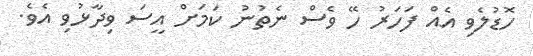
ހޮޑުލެވި އެއް ފަހަރު ހޭ ވެސް ނެތުނު ކަމަށް އީސަ ވިދާޅުވި އެވެ.